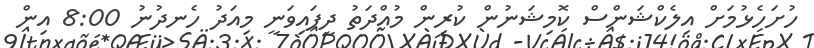
ހުށަހެޅުމަށް އިލެކްޝަންސް ކޮމިޝަނުން ކުރިން މުއްދަތު ދީފައިވަނީ މިއަދު ހެނދުނު 8:00 އިން